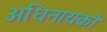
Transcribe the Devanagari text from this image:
अधिनायको